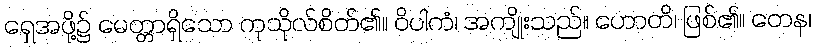
ရှေအဖို့၌ မေတ္တာရှိသော ကုသိုလ်စိတ်၏။ ဝိပါကံ၊ အကျိုးသည်။ ဟောတိ၊ ဖြစ်၏။ တေန၊